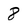
Character: 8